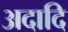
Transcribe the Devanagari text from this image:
अदादि